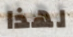
لهذا